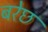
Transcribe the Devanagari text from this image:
बरेछ